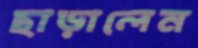
ছাড়ালেন